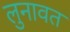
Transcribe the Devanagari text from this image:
लुनावत